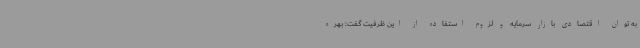
به توان اقتصادی بازار سرمایه و لزوم استفاده از این ظرفیت گفت: بهره